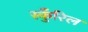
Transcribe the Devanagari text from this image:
स्कुँरिल